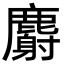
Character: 麝